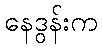
နေဒွန်းက